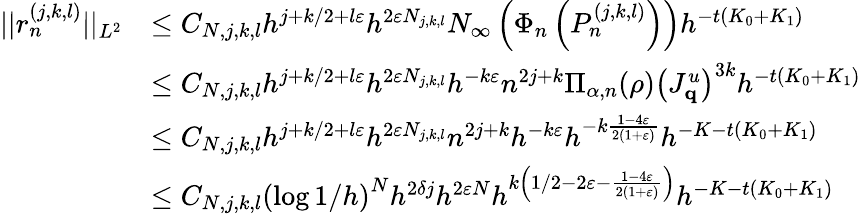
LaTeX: \begin{array}{rl}{||r_{n}^{(j,k,l)}||_{L^{2}}}&{\leq C_{N,j,k,l}h^{j+k/2+l\varepsilon}h^{2\varepsilon N_{j,k,l}}N_{\infty}\left(\Phi_{n}\left(P_{n}^{(j,k,l)}\right)\right)h^{-t(K_{0}+K_{1})}}\\ &{\leq C_{N,j,k,l}h^{j+k/2+l\varepsilon}h^{2\varepsilon N_{j,k,l}}h^{-k\varepsilon}n^{2j+k}\Pi_{\alpha,n}(\rho)\left(J_{\mathbf{q}}^{u}\right)^{3k}h^{-t(K_{0}+K_{1})}}\\ &{\leq C_{N,j,k,l}h^{j+k/2+l\varepsilon}h^{2\varepsilon N_{j,k,l}}n^{2j+k}h^{-k\varepsilon}h^{-k\frac{1-4\varepsilon}{2(1+\varepsilon)}}h^{-K-t(K_{0}+K_{1})}}\\ &{\leq C_{N,j,k,l}\left(\log 1/h\right)^{N}h^{2\delta j}h^{2\varepsilon N}h^{k\left(1/2-2\varepsilon-\frac{1-4\varepsilon}{2(1+\varepsilon)}\right)}h^{-K-t(K_{0}+K_{1})}}\end{array}